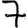
Digit: 7